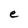
Character: e